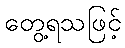
တွေ့ရသဖြင့်